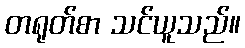
တရုတ်စာ သင်ယူသည်။